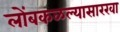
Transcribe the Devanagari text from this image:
लोंबकळल्यासारखा